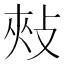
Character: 㪎